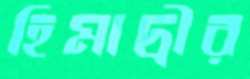
হিমাদ্রীর